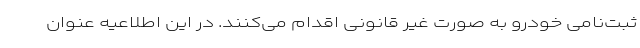
ثبت‌نامی خودرو به صورت غیر قانونی اقدام می‌کنند. در این اطلاعیه عنوان